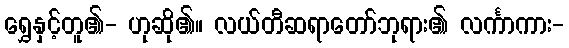
ရွှေနှင့်တူ၏- ဟုဆို၏။ လယ်တီဆရာတော်ဘုရား၏ လင်္ကာကား-